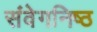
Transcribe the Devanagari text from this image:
संवेगनिष्ठ